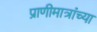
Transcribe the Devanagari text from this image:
प्राणीमात्रांच्या